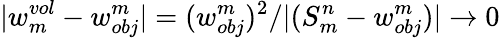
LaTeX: |w_{m}^{vol}-{w_{obj}^{m}}|=({w_{obj}^{m}})^{2}/|(S_{m}^{n}-{w_{obj}^{m}})|\to 0